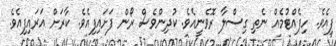
ފިއެވެ. ހިފެއްޓުމެއް ނެތި ގިސްލާ ރޮވެނީއެވެ. ކުދިންވެސް ރޯން ފަށައިފިއެވެ. ކާރަށް އަރައިފިއެވެ.